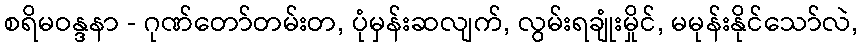
စရိမဝန္ဒနာ - ဂုဏ်တော်တမ်းတ, ပုံမှန်းဆလျက်, လွမ်းရချုံးမှိုင်, မမုန်းနိုင်သော်လဲ,